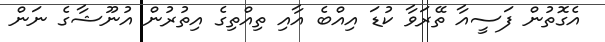
އެގޮތުން ފަސީއާ ތޭރަވާ ކުޑަ އިއްބެ އާއި ތިއްތިގެ އިތުރުން އުނޫޝާގެ ނަން